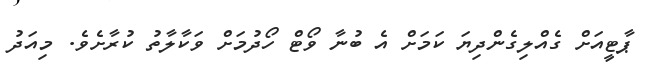
ޕާޓީއަށް ގެއްލިގެންދިޔަ ކަމަށް އެ ބުނާ ވޯޓް ހޯދުމަށް ވަކާލާތު ކުރާށެވެ. މިއަދު